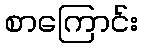
စာကြောင်း